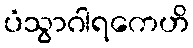
ပံသွာဂါရကေဟိ